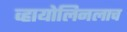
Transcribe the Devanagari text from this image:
व्हायोलिनलाच